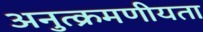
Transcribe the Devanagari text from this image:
अनुत्क्रमणीयता